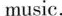
music.'